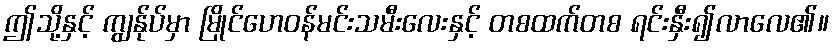
ဤသို့နှင့် ကျွန်ုပ်မှာ မြိုင်ဟေဝန်မင်းသမီးလေးနှင့် တစထက်တစ ရင်းနှီး၍လာလေ၏။